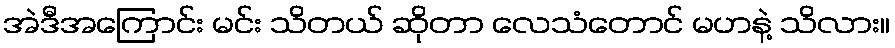
အဲဒီအကြောင်း မင်း သိတယ် ဆိုတာ လေသံတောင် မဟနဲ့ သိလား။